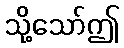
သို့သော်ဤ